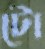
টো